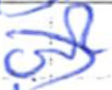
Text: of
Cross-out: diagonal
Writing tool: ballpoint